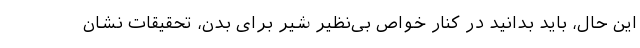
این حال، باید بدانید در کنار خواص بی‌نظیر شیر برای بدن، تحقیقات نشان